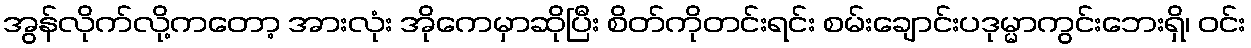
အွန်လိုက်လို့ကတော့ အားလုံး အိုကေမှာဆိုပြီး စိတ်ကိုတင်းရင်း စမ်းချောင်းပဒုမ္မာကွင်းဘေးရှိ၊ ဝင်း